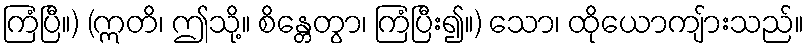
ကြံပြီ။) (ဣတိ၊ ဤသို့။ စိန္တေတွာ၊ ကြံပြီး၍။) သော၊ ထိုယောကျ်ားသည်။